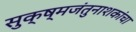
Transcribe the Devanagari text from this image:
सुक्ष्मजंतुनाशकांचा